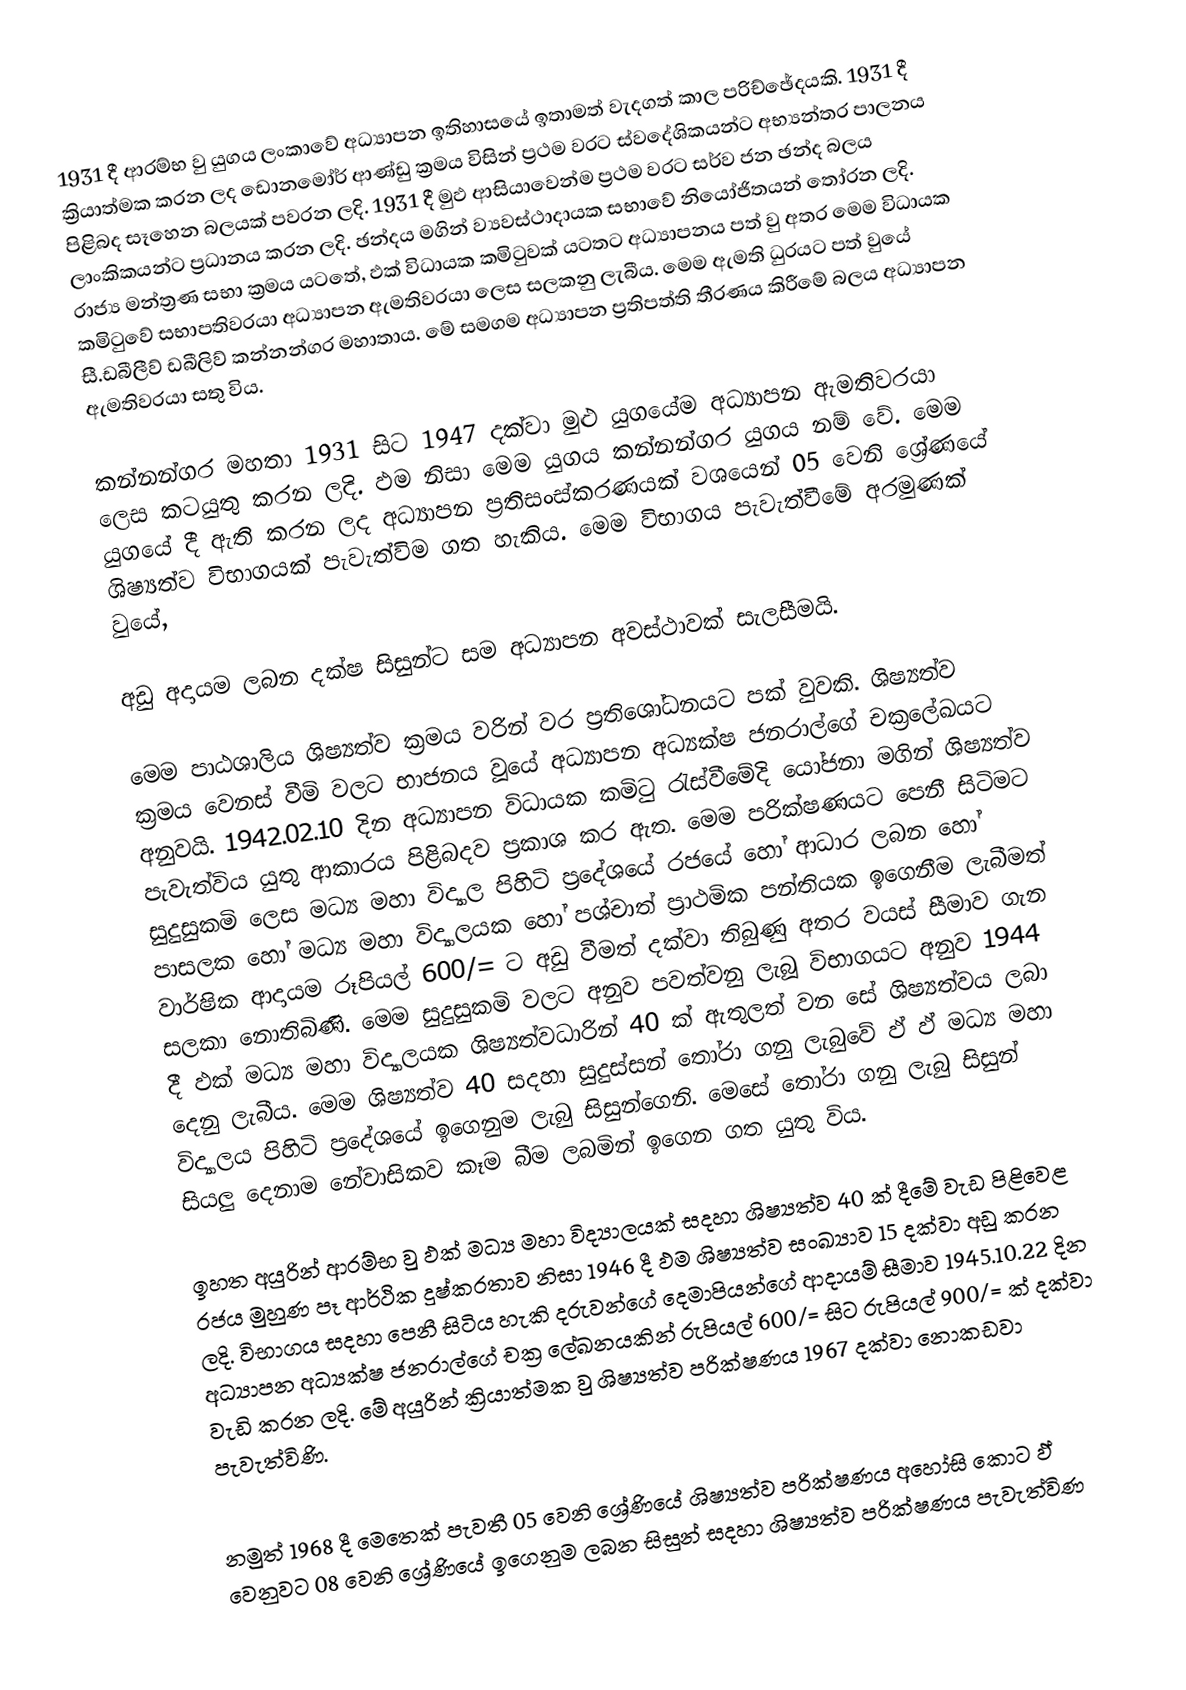
1931 දී ආරම්භ වු යුගය ලංකාවේ අධ්‍යාපන ඉතිහාසයේ ඉතාමත් වැදගත් කාල පරිච්ඡේදයකි. 1931 දී ක්‍රියාත්මක කරන ලද ඩොනමෝර් ආණ්ඩු ක්‍රමය විසින් ප්‍රථම වරට ස්වදේශිකයන්ට අභ්‍යන්තර පාලනය පිළිබද  සෑහෙන බලයක් පවරන ලදි. 1931 දී මුඵ ආසියාවෙන්ම ප්‍රථම වරට සර්ව ජන ඡන්ද බලය ලාංකිකයන්ට ප්‍රධානය කරන ලදි. ඡන්දය මගින් ව්‍යවස්ථාදායක සභාවේ නියෝජිතයන් තෝරන ලදි. රාජ්‍ය මන්ත්‍රණ සභා ක්‍රමය යටතේ, ඵක් විධායක කමිටුවක් යටතට අධ්‍යාපනය පත් වු අතර මෙම විධායක කමිටුවේ සභාපතිවරයා අධ්‍යාපන ඇමතිවරයා ලෙස සලකනු ලැබීය. මෙම ඇමති ධුරයට පත් වුයේ සී.ඩබීලීව් ඩබීලිව් කන්නන්ගර මහාතාය. මේ සමගම අධ්‍යාපන ප්‍රතිපත්ති තීරණය කිරීමේ බලය අධ්‍යාපන ඇමතිවරයා සතු විය.

කන්නන්ගර මහතා 1931 සිට 1947 දක්වා මුළු යුගයේම අධ්‍යාපන ඇමතිවරයා ලෙස කටයුතු කරන ලදි. ඵම නිසා මෙම යුගය  කන්නන්ගර යුගය  නම් වේ. මෙම යුගයේ දී ඇති කරන ලද අධ්‍යාපන ප්‍රතිසංස්කරණයක් වශයෙන් 05 වෙනි ශ්‍රේණයේ ශිෂ්‍යත්ව විභාගයක් පැවැත්විම ගත හැකිය. මෙම විභාගය පැවැත්වීමේ අරමුණක් වුයේ,

අඩු අදායම ලබන දක්ෂ සිසුන්ට සම අධ්‍යාපන අවස්ථාවක් සැලසීමයි.

මෙම පාඨශාලිය ශිෂ්‍යත්ව ක්‍රමය වරින් වර ප්‍රතිශෝධනයට පක් වුවකි. ශිෂ්‍යත්ව ක්‍රමය වෙනස් වීමි වලට භාජනය වූයේ අධ්‍යාපන අධ්‍යක්ෂ ජනරාල්ගේ චක්‍රලේඛයට අනුවයි. 1942.02.10 දින අධ්‍යාපන විධායක කමිටු රැස්වීමේදි යෝජනා මගින් ශිෂ්‍යත්ව පැවැත්විය යුතු ආකාරය පිළිබදව ප්‍රකාශ කර ඇත. මෙම පරික්ෂණයට පෙනී සිටිමට සුදුසුකමි ලෙස මධ්‍ය මහා විද්‍යාල පිහිටි ප්‍රදේශයේ රජයේ හෝ ආධාර ලබන හෝ පාසලක හෝ මධ්‍ය මහා විද්‍යාලයක හෝ පශ්චාත් ප්‍රාථමික පන්තියක ඉගෙනීම ලැබීමත් වාර්ෂික ආදායම රූපියල් 600/= ට අඩු වීමත් දක්වා තිබුණු අතර වයස් සීමාව ගැන සලකා නොතිබිණි. මෙම සුදුසුකමි වලට අනුව පවත්වනු ලැබූ විභාගයට අනුව 1944 දී ඵක් මධ්‍ය මහා විද්‍යාලයක ශිෂ්‍යත්වධාරින් 40 ක් ඇතුලත් වන සේ ශිෂ්‍යත්වය ලබා දෙනු ලැබීය. මෙම ශිෂ්‍යත්ව 40 සදහා සුදුස්සන් තෝරා ගනු ලැබුවේ ඵ් ඵ් මධ්‍ය මහා විද්‍යාලය පිහිටි ප්‍රදේශයේ  ඉගෙනුම ලැබු සිසුන්ගෙනි. මෙසේ තෝරා ගනු ලැබු සිසුන් සියලු දෙනාම නේවාසිකව කෑම බීම ලබමින් ඉගෙන ගත යුතු විය.

ඉහත අයුරින් ආරම්භ වු ඵක් මධ්‍ය මහා විද්‍යාලයක් සදහා ශිෂ්‍යත්ව 40 ක් දීමේ වැඩ පිළිවෙළ රජය මුහුණ පෑ ආර්ථික දුෂ්කරතාව නිසා 1946 දී ඵම ශිෂ්‍යත්ව සංඛ්‍යාව 15 දක්වා අඩු කරන ලදි. විභාගය සදහා පෙනී සිටිය හැකි දරුවන්ගේ දෙමාපියන්ගේ ආදායම් සීමාව 1945.10.22 දින අධ්‍යාපන අධ්‍යක්ෂ ජනරාල්ගේ චක්‍ර ලේඛනයකින් රුපියල් 600/= සිට රුපියල් 900/= ක් දක්වා වැඩි කරන ලදි.‍ මේ අයුරින් ක්‍රියාත්මක වු ශිෂ්‍යත්ව පරික්ෂණය 1967 දක්වා නොකඩවා පැවැත්විණි.

නමුත් 1968 දී මෙතෙක් පැවතී 05 වෙනි ශ්‍රේණියේ ශිෂ්‍යත්ව පරික්ෂණය අ‍හෝසි කොට ඵ් වෙනුවට 08 වෙනි ශ්‍රේණියේ ඉගෙනුම ලබන සිසුන් සදහා ශිෂ්‍යත්ව පරික්ෂණය පැවැත්විණ